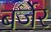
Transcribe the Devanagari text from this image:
बर्जेर